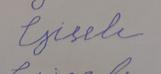
Signature authenticity: forged